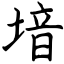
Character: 堷